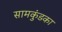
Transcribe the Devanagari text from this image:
सामकुंडका